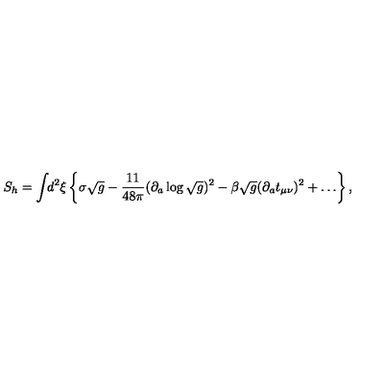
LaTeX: S _ { h } = \int \! \! d ^ { 2 } \xi \left\{ \sigma \sqrt { g } - \frac { 1 1 } { 4 8 \pi } ( \partial _ { a } \log \sqrt { g } ) ^ { 2 } - \beta \sqrt { g } ( \partial _ { a } t _ { \mu \nu } ) ^ { 2 } + \ldots \right\} ,